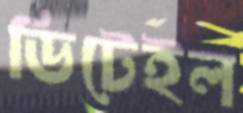
ডিটেইল